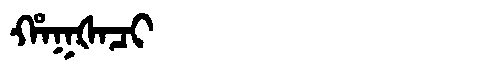
Manchu: ᡥᠠᡴᡧᠠᠴᡳ
Romanization: HAKŠACI